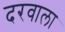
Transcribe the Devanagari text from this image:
दरवाला